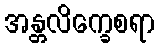
အန္တလိက္ခေစရာ